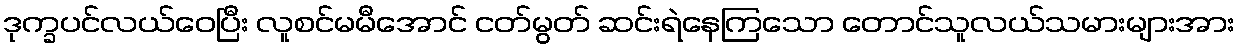
ဒုက္ခပင်လယ်ဝေပြီး လူစင်မမီအောင် ငတ်မွတ် ဆင်းရဲနေကြသော တောင်သူလယ်သမားများအား